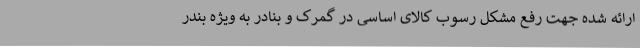
ارائه شده جهت رفع مشکل رسوب کالای اساسی در گمرک و بنادر به ویژه بندر